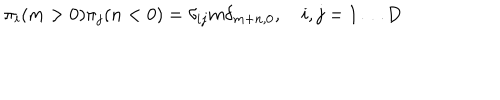
\pi _ { i } ( m > 0 ) \pi _ { j } ( n < 0 ) = \delta _ { i j } m \delta _ { m + n , 0 } , \quad i , j = 1 \dots D